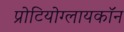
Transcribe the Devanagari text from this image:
प्रोटियोग्लायकॉन